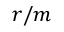
r / m